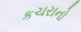
કચરાનો